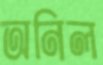
অনিল